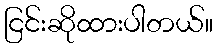
ငြင်းဆိုထားပါတယ်။